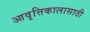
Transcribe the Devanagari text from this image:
आवृत्तिकालासाठी